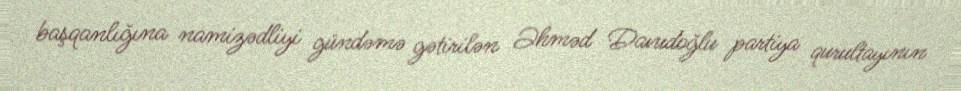
başqanlığına namizədliyi gündəmə gətirilən Əhməd Davudoğlu partiya qurultayının